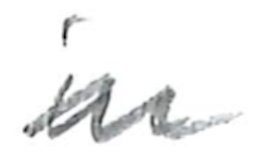
Text: in
Cross-out: zig-zag
Writing tool: pencil